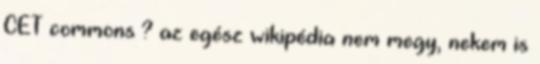
CET commons ? az egész wikipédia nem megy, nekem is